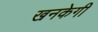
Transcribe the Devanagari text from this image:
खनकेगी